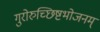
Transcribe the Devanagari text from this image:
गुरोरुच्छिष्टभोजनम्